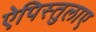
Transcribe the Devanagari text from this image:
ऐपिस्तुलाए